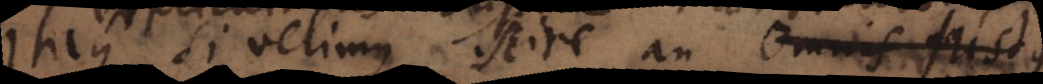
Itaque si velimus scire an omnis justus